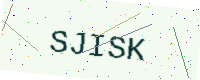
Text: SJISK